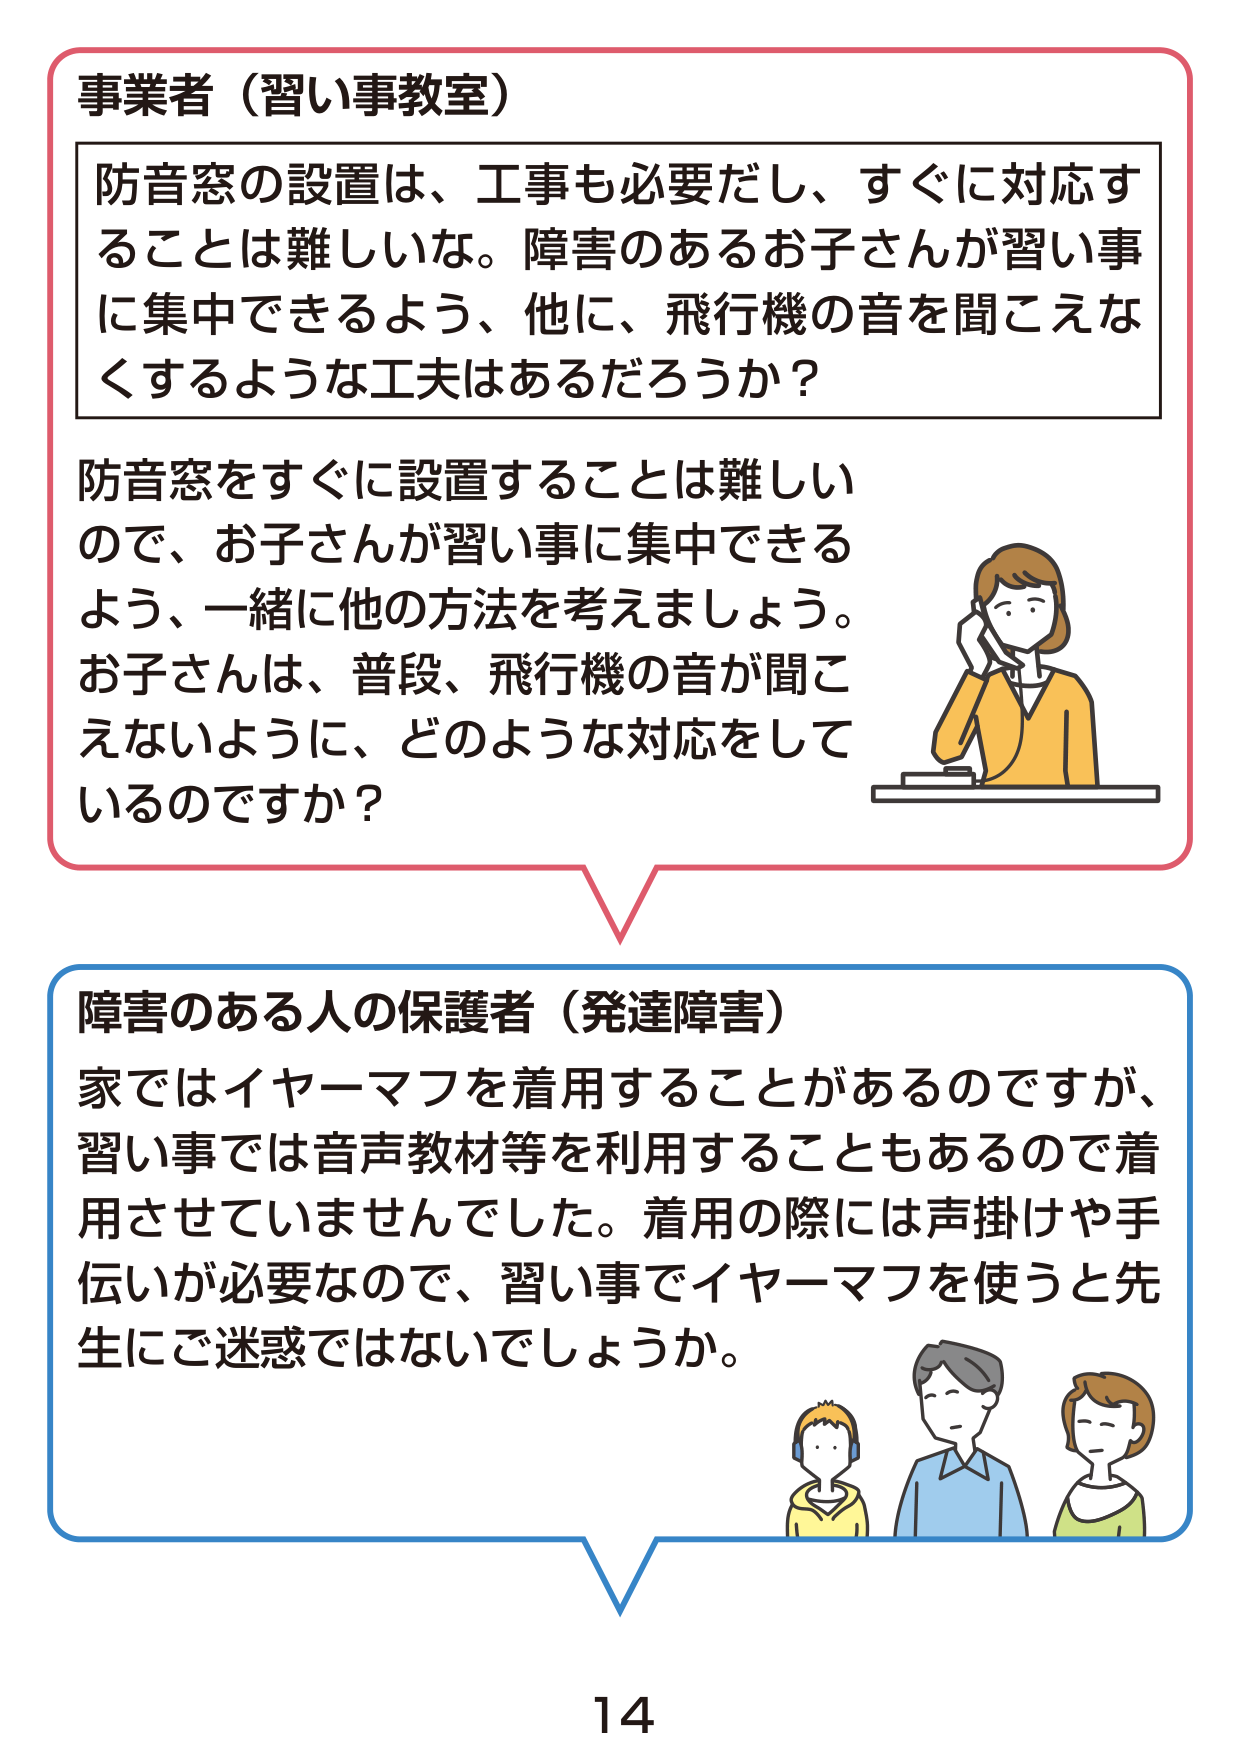
事業者（習い事教室）
防音窓の設置は、工事も必要だし、すぐに対応することは難しいな。障害のあるお子さんが習い事に集中できるよう、他に、飛行機の音を聞こえなくするような工夫はあるだろうか？
防音窓をすぐに設置することは難しいので、お子さんが習い事に集中できるよう、一緒に他の方法を考えましょう。お子さんは、普段、飛行機の音が聞こえないように、どのような対応をしているのですか？
障害のある人の保護者（発達障害）
家ではイヤーマフを着用することがあるのですが、習い事では音声教材等を利用することもあるので着用させていませんでした。着用の際には声掛けや手伝いが必要なので、習い事でイヤーマフを使うと先生にご迷惑ではないでしょうか。
14